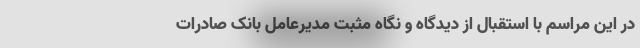
در این مراسم با استقبال از دیدگاه و نگاه مثبت مدیرعامل بانک صادرات